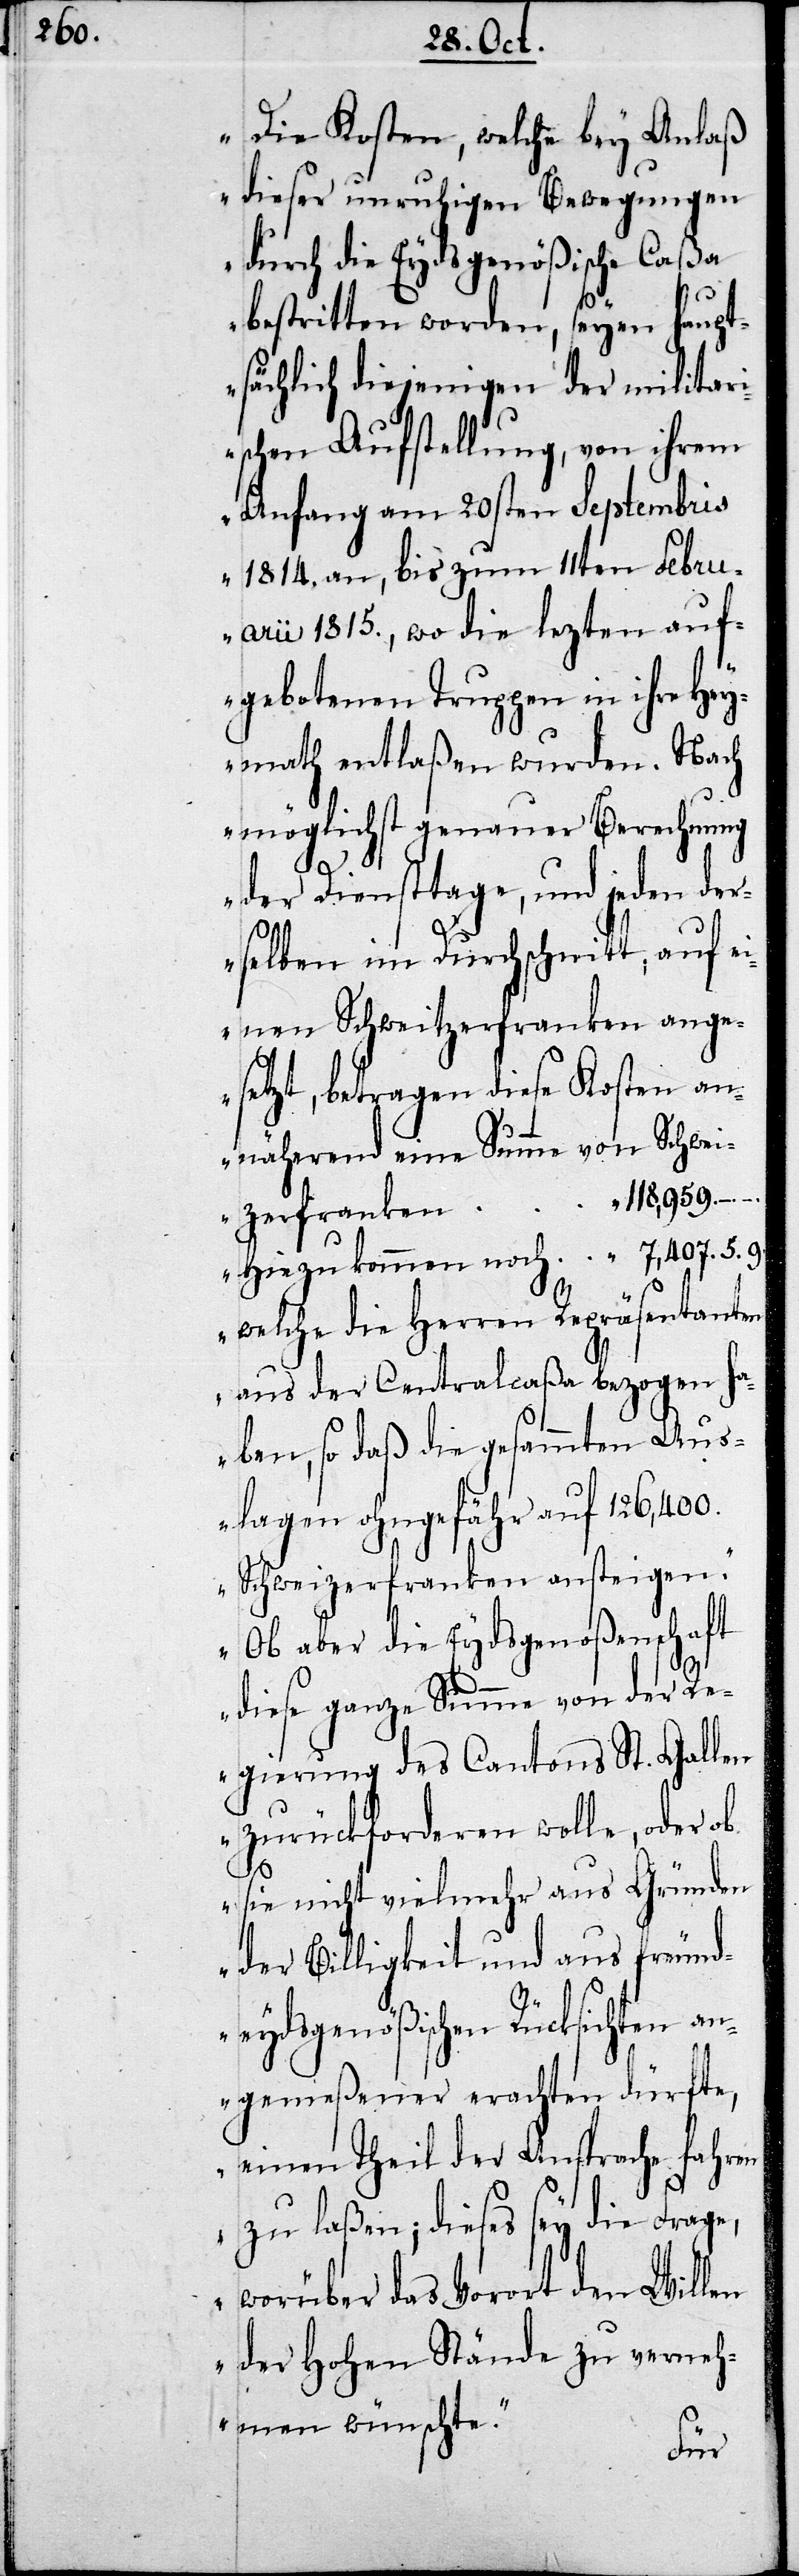
Die Kosten, welche bey Anlaß
dieser unruhigen Bewegungen
durch die Eydsgenößische Caßa
bestritten worden, seyen haupt¬
sächlich diejenigen der militar¬
ischen Aufstellung, von ihrem
Anfang am 20sten Septembris
1814. an, bis zum 11ten Febru¬
arii 1815., wo die lezten auf¬
gebotenen Truppen in ihre Hey¬
math entlaßen wurden. Nach
möglichst genauer Berechnung
der Diensttage, und jeden der¬
selben im Durchschnitt, auf ei¬
nen Schweitzerfranken ange¬
setzt, betragen diese Kosten an¬
nähernd eine Summe von Schwei¬
zerfranken	118,959. – –.
Hinzu kommen noch	7,407.5.9,
welche die Herren Repräsentanten
aus der Centralcaßa bezogen h¬
aben, so daß die gesammten Aus¬
lagen ohngefähr auf 	126,400.
Schweizerfranken ansteigen.
Ob aber die Eydsgenoßenschaft
diese ganze Summe von der Re¬
gierung des Cantons St. Gallen
zurückforderen wolle, oder ob
sie nicht vielmehr aus Gründen
der Billigkeit und aus freund¬
eydsgenößischen Rücksichten an¬
gemeßenener erachten dürfte,
einen Theil der Ansprache fahren
zu laßen; dieses sey die Frage,
worüber das Vorort den Willen
der Hohen Stände zu verneh¬
men wünschte.